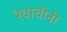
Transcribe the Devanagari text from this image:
रेवाचीनी